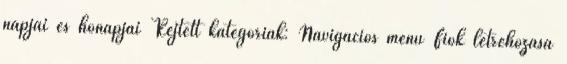
napjai és hónapjai Rejtett kategóriák: Navigációs menü Fiók létrehozása